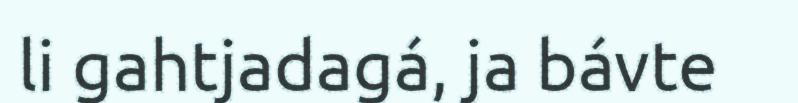
li gahtjadagá, ja bávte